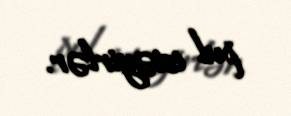
pul istəyirlər.